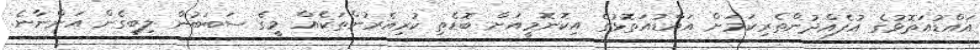
އައްޑުއަތޮޅުގެ އުފެއްދުންތެރިކަމަށް އައްޑުއަތޮޅުގެ އިކޮނޮމީއަށް ބޮޑެތި ކުރިއެރުންތަކެއް މީގެ ސަބަބުން ލިބިގެން އަންނާނެ.